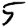
Digit: 5